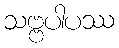
သဗ္ဗပါပဿ